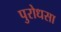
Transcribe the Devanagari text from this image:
पुरोधसा